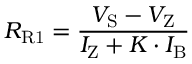
R _ { \mathrm { R 1 } } = { \frac { V _ { \mathrm { S } } - V _ { \mathrm { Z } } } { I _ { \mathrm { Z } } + K \cdot I _ { \mathrm { B } } } }